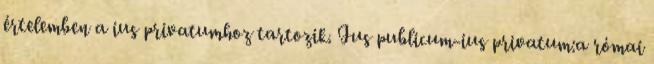
értelemben a ius privatumhoz tartozik. Ius publicum-ius privatum:a római